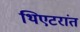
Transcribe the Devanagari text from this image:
थिएटरांत